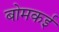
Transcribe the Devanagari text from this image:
बोमकई